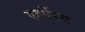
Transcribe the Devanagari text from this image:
एहर्लिच